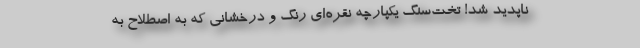
ناپدید شد! تخت‌سنگِ یکپارچه نقره‌ای رنگ و درخشانی که به اصطلاح به